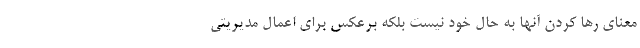
معنای رها کردن آنها به حال خود نیست بلکه برعکس برای اعمال مدیریتی